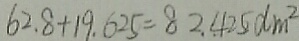
6 2 . 8 + 1 9 . 6 2 5 = 8 2 . 4 2 5 d m ^ { 2 }